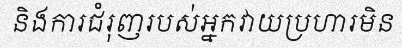
និងការជំរុញរបស់អ្នកវាយប្រហារមិន